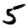
Digit: 5